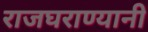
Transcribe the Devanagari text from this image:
राजघराण्यानी